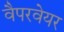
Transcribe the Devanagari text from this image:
वैपरवेयर